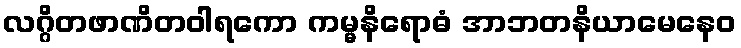
လဂ္ဂိတဖာဏိတဝါရကော ကမ္မနိရောဓံ အာဘတနိယာမေနေဝ